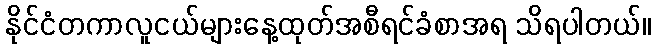
နိုင်ငံတကာလူငယ်များနေ့ထုတ်အစီရင်ခံစာအရ သိရပါတယ်။